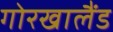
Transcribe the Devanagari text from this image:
गोरखालैंड